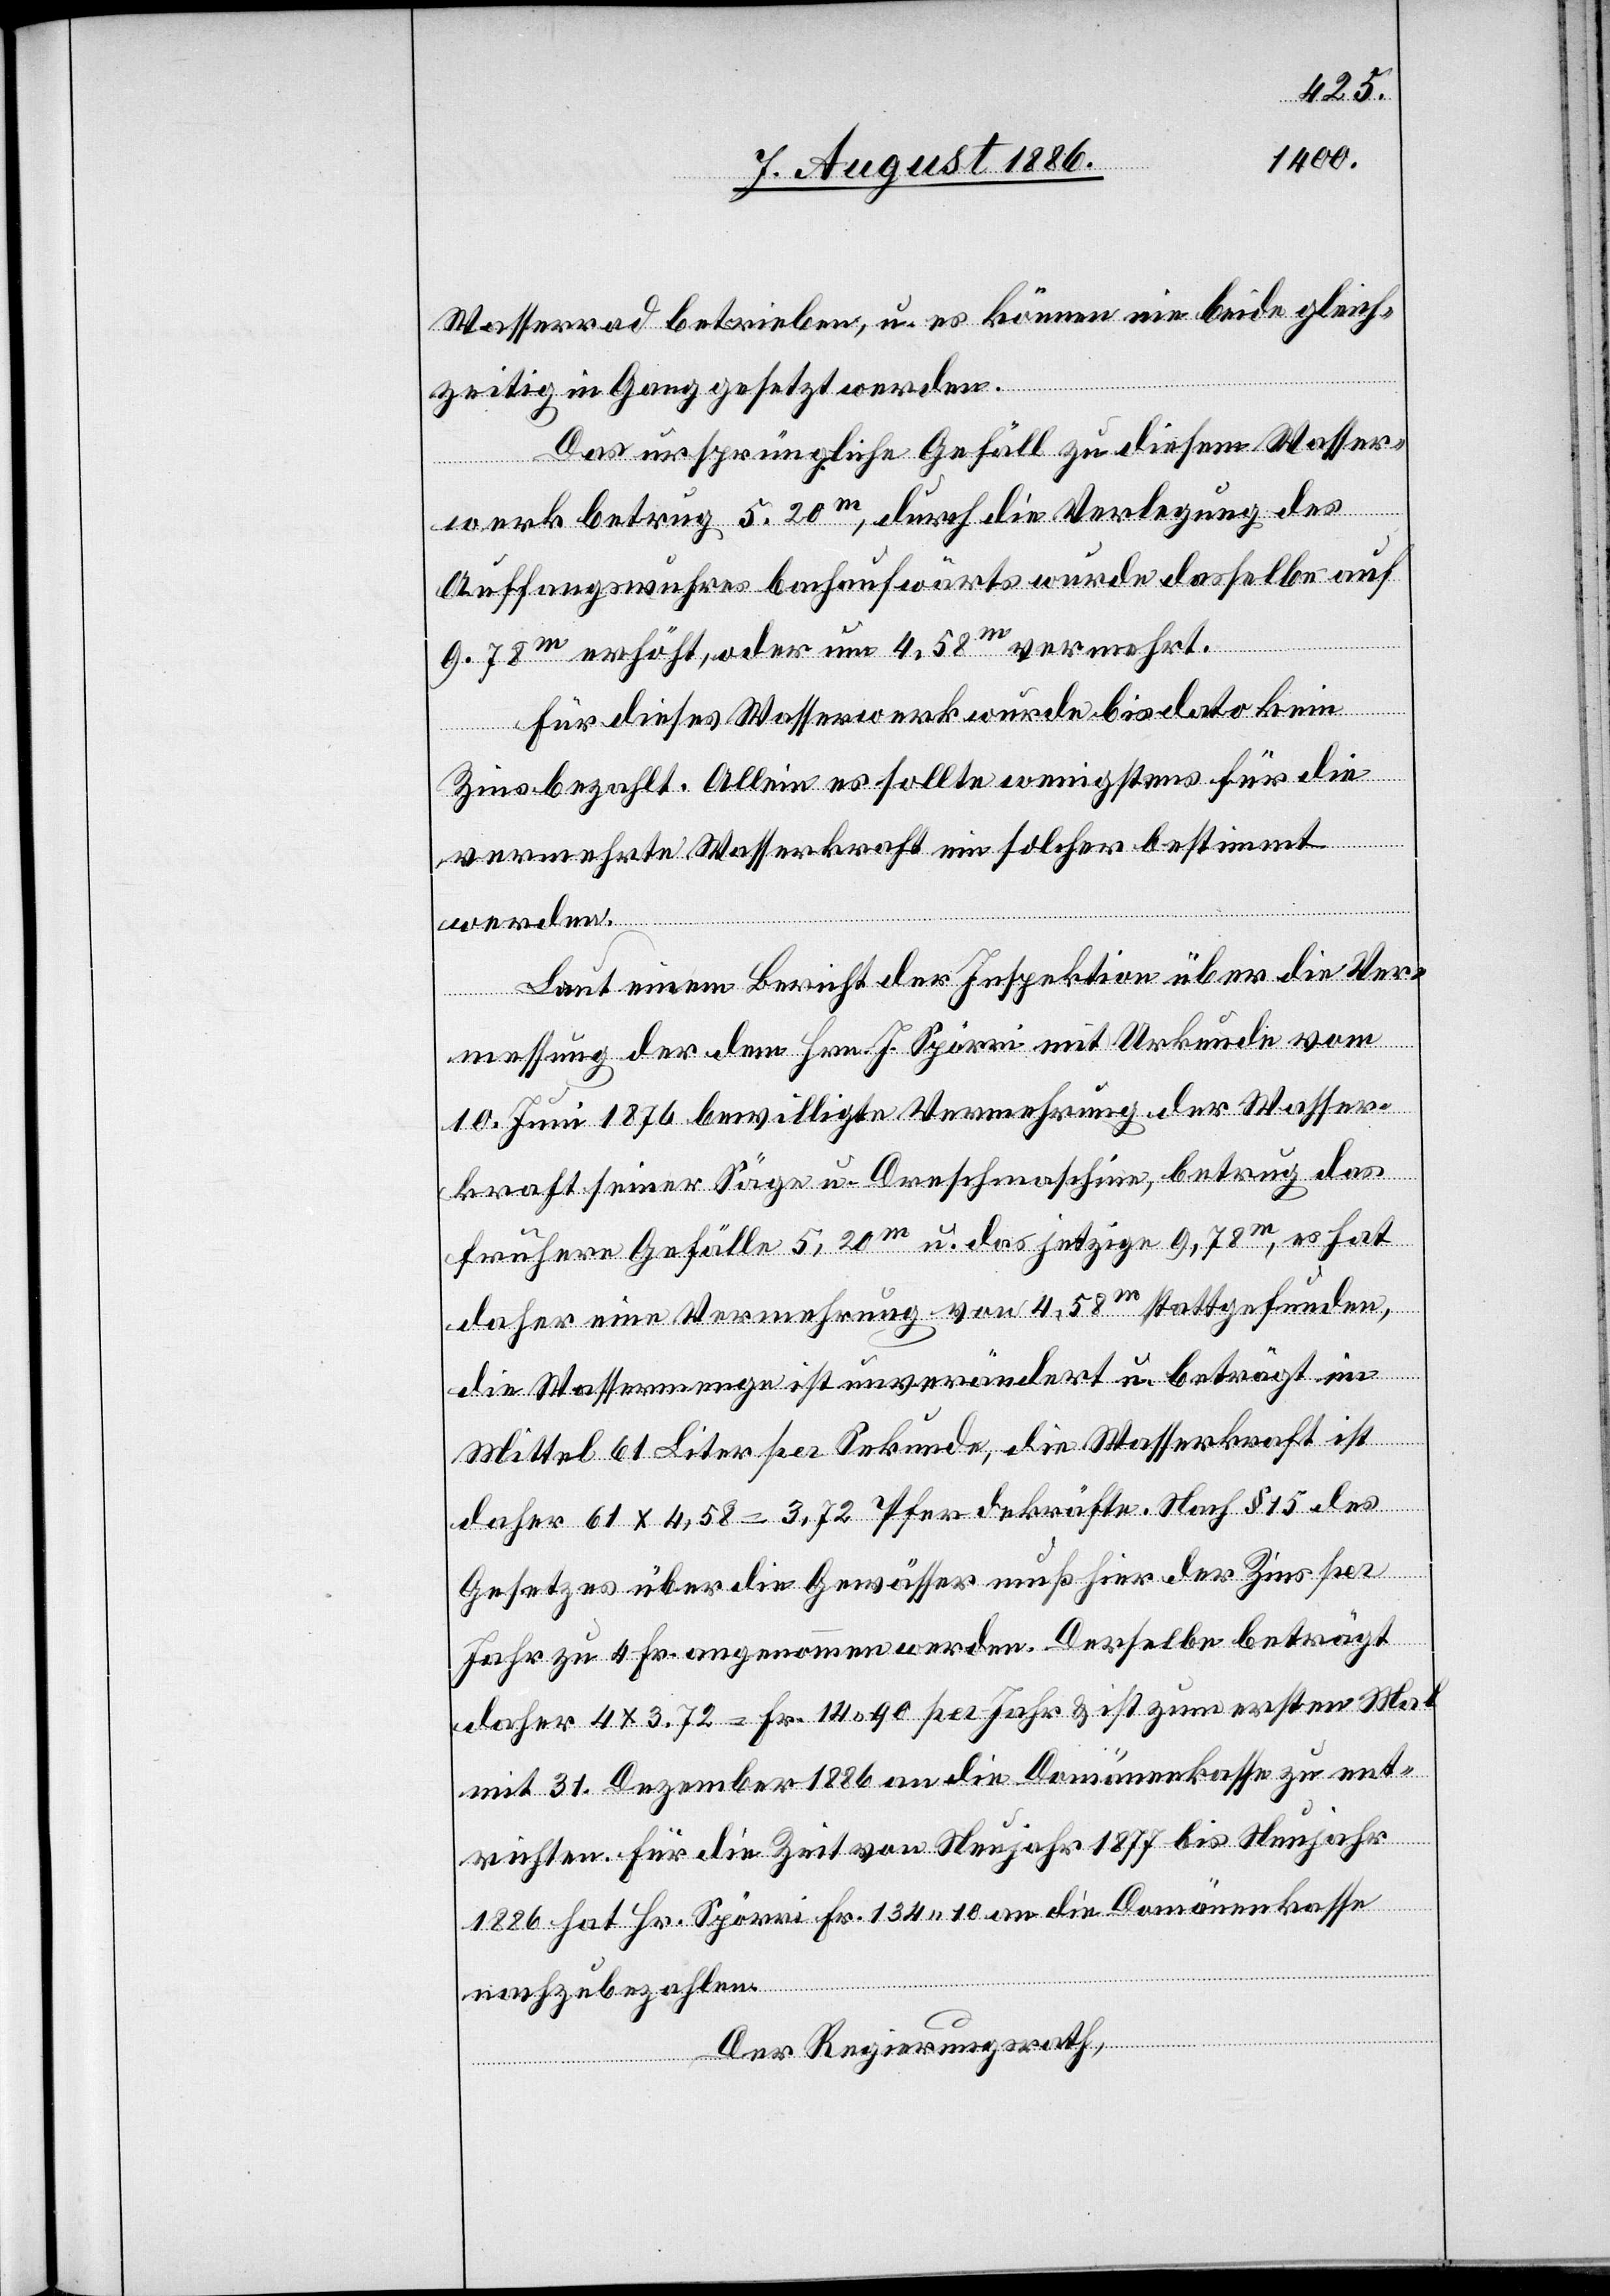
Wasserrad betrieben, u. es können nie beide gleich¬
zeitig in Gang gesetzt werden.
Das ursprünglichste Gefäll zu diesem Wasser¬
werk betrug 5.20m, durch die Verlegung des
Auffangswuhres bachaufwärts wurde dasselbe auf
9.78m erhöht, oder um 4.58m vermehrt.
Für dieses Wasserwerk wurde bis dato kein
Zins bezahlt. Allein es sollte wenigstens für die
vermehrte Wasserkraft ein solcher bestimmt
werden.
Laut einem Bericht der Inspektion über die Ver¬
messung der dem Hrn. J. Spörri mit Urkunde vom
10. Juni 1876 bewilligte[n] Vermehrung der Wasser¬
kraft seiner Säge u. Dreschmaschine, betrug das
frühere Gefälle 5,20m u. das jetzige 9,78m, es hat
daher eine Vermehrung von 4,58m stattgefunden,
die Wassermenge ist unverändert u. beträgt im
Mittel 61 Liter per Sekunde, die Wasserkraft ist
daher 61 x 4,58 = 3,72 Pferdekräfte. Nach § 15 des
Gesetzes über die Gewässer muß hier der Zins per
Jahr zu 4 Fr. angenommen werden. Derselbe beträgt
daher 4 x 3,72 = Fr. 14 90 per Jahr & ist zum ersten Mal
mit 31. Dezember 1886 an die Domänenkasse zu ent¬
richten. Für die Zeit von Neujahr 1877 bis Neujahr
1886 hat Hr. Spörri Fr. 134 10 an die Domänenkasse
nachzubezahlen.
Der Regierungsrath,